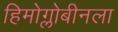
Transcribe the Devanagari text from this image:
हिमोग्लोबीनला